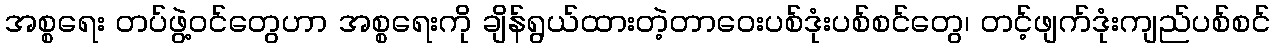
အစ္စရေး တပ်ဖွဲ့ဝင်တွေဟာ အစ္စရေးကို ချိန်ရွယ်ထားတဲ့တာဝေးပစ်ဒုံးပစ်စင်တွေ၊ တင့်ဖျက်ဒုံးကျည်ပစ်စင်